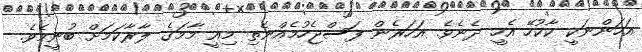
އަހަންނަކީ ކާކުހޭ އެހީ ދެނެވެ. އަހަރެން ފަސްޖެހުމެއްނެތި މިއީ މާމަގެ ލާރާކަމަށް ބުނީމެވެ.